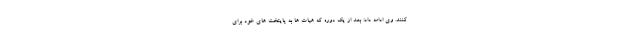
کنند. وی ادامه داد: بعد از یک دوره که هیات ها به پایتخت های خود برای